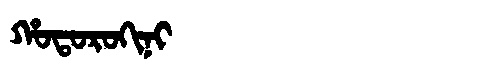
Manchu: ᡥᠣᡨᠣᡵᠣᡴᡳᠨᡳ
Romanization: HOTOROKINI